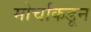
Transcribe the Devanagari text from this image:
मोर्चाकडून